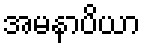
အမနာပိယာ